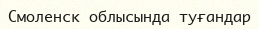
Смоленск облысында туғандар